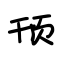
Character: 顸